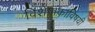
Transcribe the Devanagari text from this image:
विशेषांकाविषयी